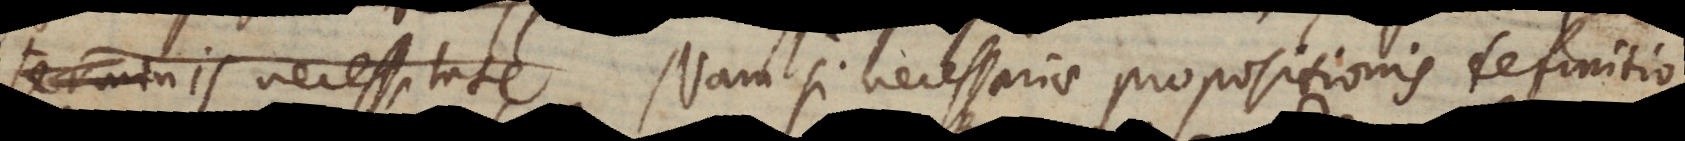
terminis necessitate Nam si necessariae propositionis definitio